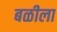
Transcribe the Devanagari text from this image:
बळीला